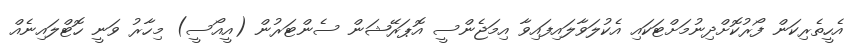
އެހީތެރިކަން ފޯރުކޮށްދިނުމަށްޓަކައި އެކުލަވާލައިފައިވާ އިމަޖެންސީ އޮޕަރޭޝަން ސެންޓަރުން (އީއޯސީ) މިހާރު ވަނީ ހޮޓްލައިނެއް